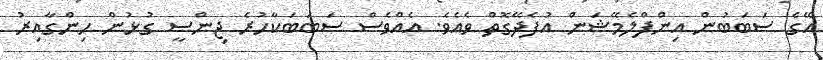
އޭގެ ސަަބަބުން އިންފްލެމޭޝަން އުފެދޭގޮތް ވެއެވެ. އެއްވެސް ސަަބަބަކާހުރެ ޖިންސީ ގުޅުން ހިންގާއިރު